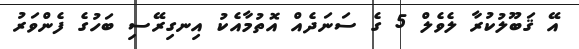
އޭ ޤަބޫލުކުރާ ލެވެލް 5 ގެ ސަނަދެއް އޮތުމާއެކު އިނގިރޭސި ބަހުގެ ފެންވަރު